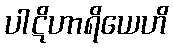
ပါဋိဟာရိယေဟိ